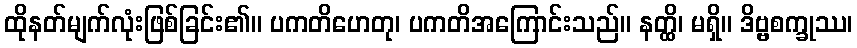
ထိုနတ်မျက်လုံးဖြစ်ခြင်း၏။ ပကတိဟေတု၊ ပကတိအကြောင်းသည်။ နတ္ထိ၊ မရှိ။ ဒိဗ္ဗစက္ခုဿ၊